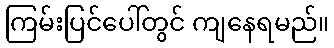
ကြမ်းပြင်ပေါ်တွင် ကျနေရမည်။